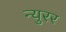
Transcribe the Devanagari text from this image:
न्युरर